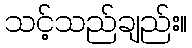
သင့်သည်ချည်း။